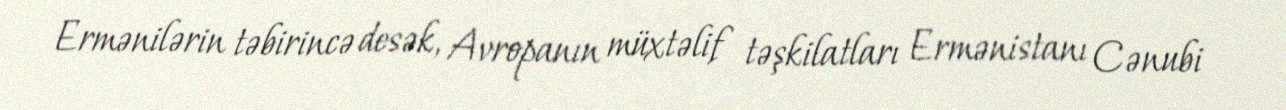
Ermənilərin təbirincə desək, Avropanın müxtəlif təşkilatları Ermənistanı Cənubi